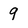
Character: 9